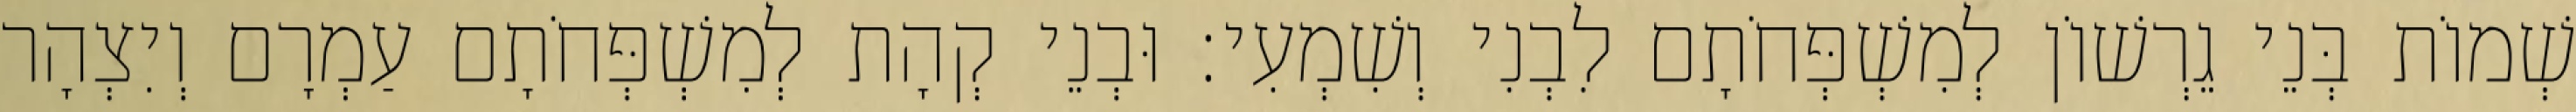
שְׁמוֹת בְּנֵי גֵרְשׁוֹן לְמִשְׁפְּחֹתָם לִבְנִי וְשִׁמְעִי׃ וּבְנֵי קְהָת לְמִשְׁפְּחֹתָם עַמְרָם וְיִצְהָר